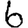
Digit: 6